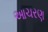
આચરણ